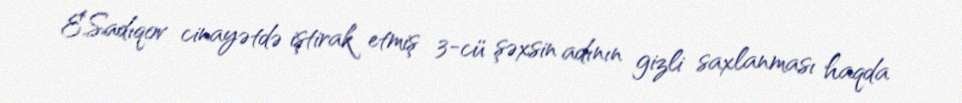
E.Sadıqov cinayətdə iştirak etmiş 3-cü şəxsin adının gizli saxlanması haqda